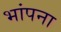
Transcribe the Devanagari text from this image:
भांपना